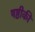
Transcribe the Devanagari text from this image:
षष्ठीकी